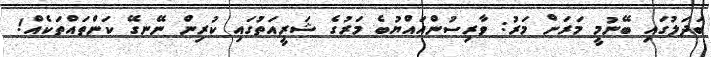
ބަދަލުގައި ބޭނުމީ މަރަށް މަރު: ވާރިސުންއައްޔުބެ މަރުގެ ޝަރީއަތުގައި ކުރިން ނޭނގޭ ކަންތައްތަކެއް!